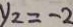
y _ { 2 } = - 2